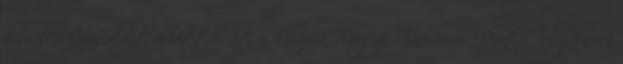
kisvállalkozásaként vehették át a Baranya Megyei Innovációs Díjat. Tulajdonosa